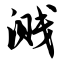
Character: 溅